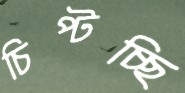
চিপ্‌টচ্ছি